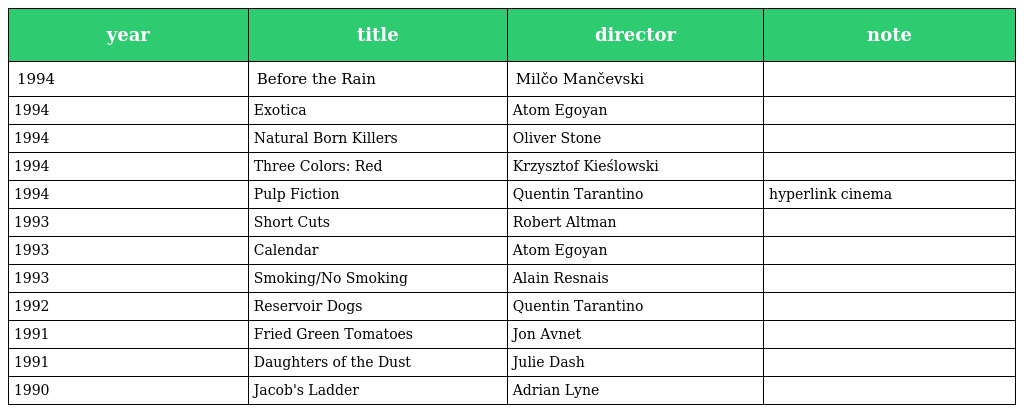
| year | title | director | note |
 | --- | --- | --- | --- |
 | 1994 | Before the Rain | Milčo Mančevski |  |
 | 1994 | Exotica | Atom Egoyan |  |
 | 1994 | Natural Born Killers | Oliver Stone |  |
 | 1994 | Three Colors: Red | Krzysztof Kieślowski |  |
 | 1994 | Pulp Fiction | Quentin Tarantino | hyperlink cinema |
 | 1993 | Short Cuts | Robert Altman |  |
 | 1993 | Calendar | Atom Egoyan |  |
 | 1993 | Smoking/No Smoking | Alain Resnais |  |
 | 1992 | Reservoir Dogs | Quentin Tarantino |  |
 | 1991 | Fried Green Tomatoes | Jon Avnet |  |
 | 1991 | Daughters of the Dust | Julie Dash |  |
 | 1990 | Jacob's Ladder | Adrian Lyne |  |